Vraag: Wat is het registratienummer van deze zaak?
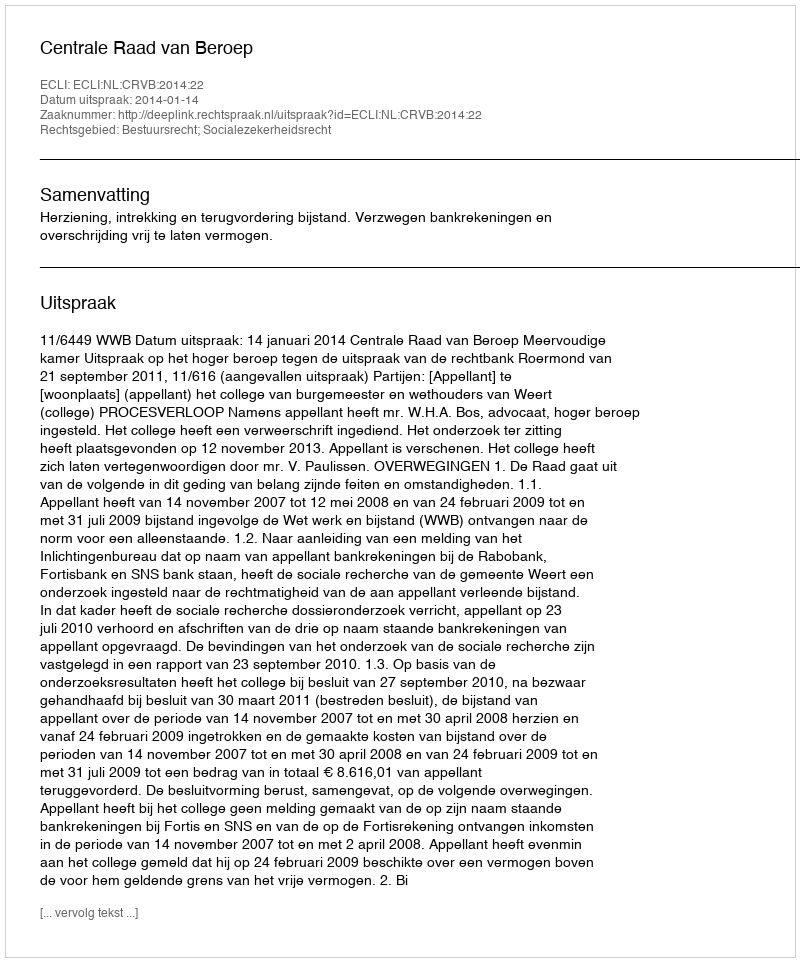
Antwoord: http://deeplink.rechtspraak.nl/uitspraak?id=ECLI:NL:CRVB:2014:22